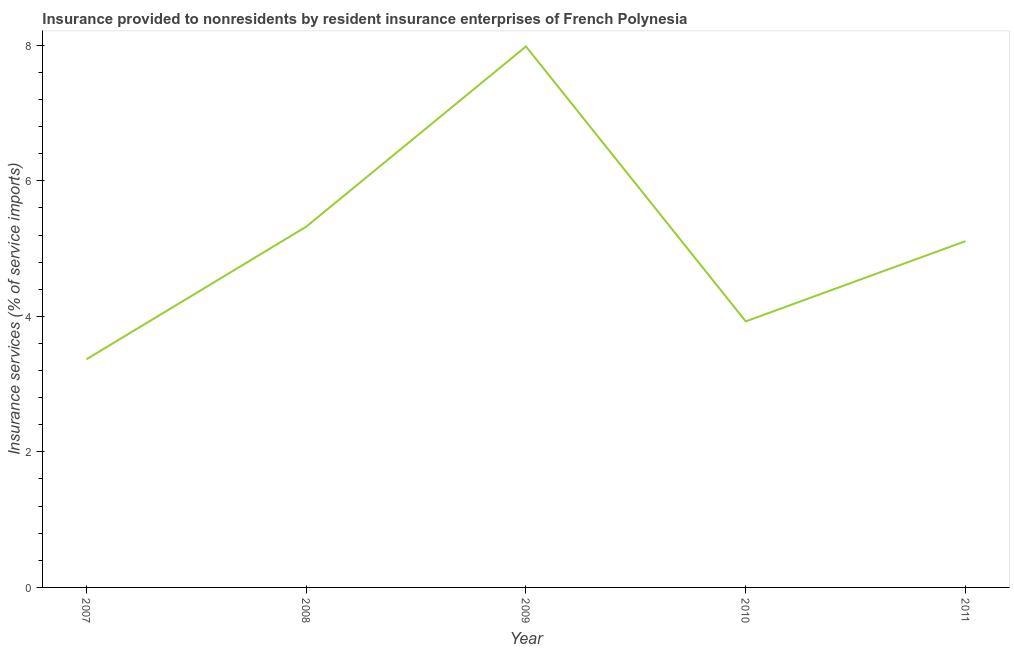
| Year | Insurance and financial services |
 | --- | --- |
 | 2007 | 3.37 |
 | 2008 | 5.32 |
 | 2009 | 7.98 |
 | 2010 | 3.93 |
 | 2011 | 5.11 |